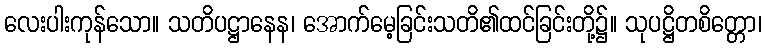
လေးပါးကုန်သော။ သတိပဋ္ဌာနေန၊ အောက်မေ့ခြင်းသတိ၏ထင်ခြင်းတို့၌။ သုပဋ္ဌိတစိတ္တော၊